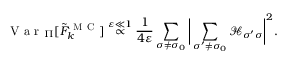
\mathrm { ~ V ~ a ~ r ~ } _ { \Pi } [ \Tilde { F } _ { k } ^ { \mathrm { ~ M ~ C ~ } } ] \stackrel { \varepsilon \ll 1 } { \propto } \frac { 1 } { 4 \varepsilon } \sum _ { \sigma \neq \sigma _ { 0 } } \bigg | \sum _ { \sigma ^ { \prime } \neq \sigma _ { 0 } } \mathcal { H } _ { \sigma ^ { \prime } \sigma } \bigg | ^ { 2 } .